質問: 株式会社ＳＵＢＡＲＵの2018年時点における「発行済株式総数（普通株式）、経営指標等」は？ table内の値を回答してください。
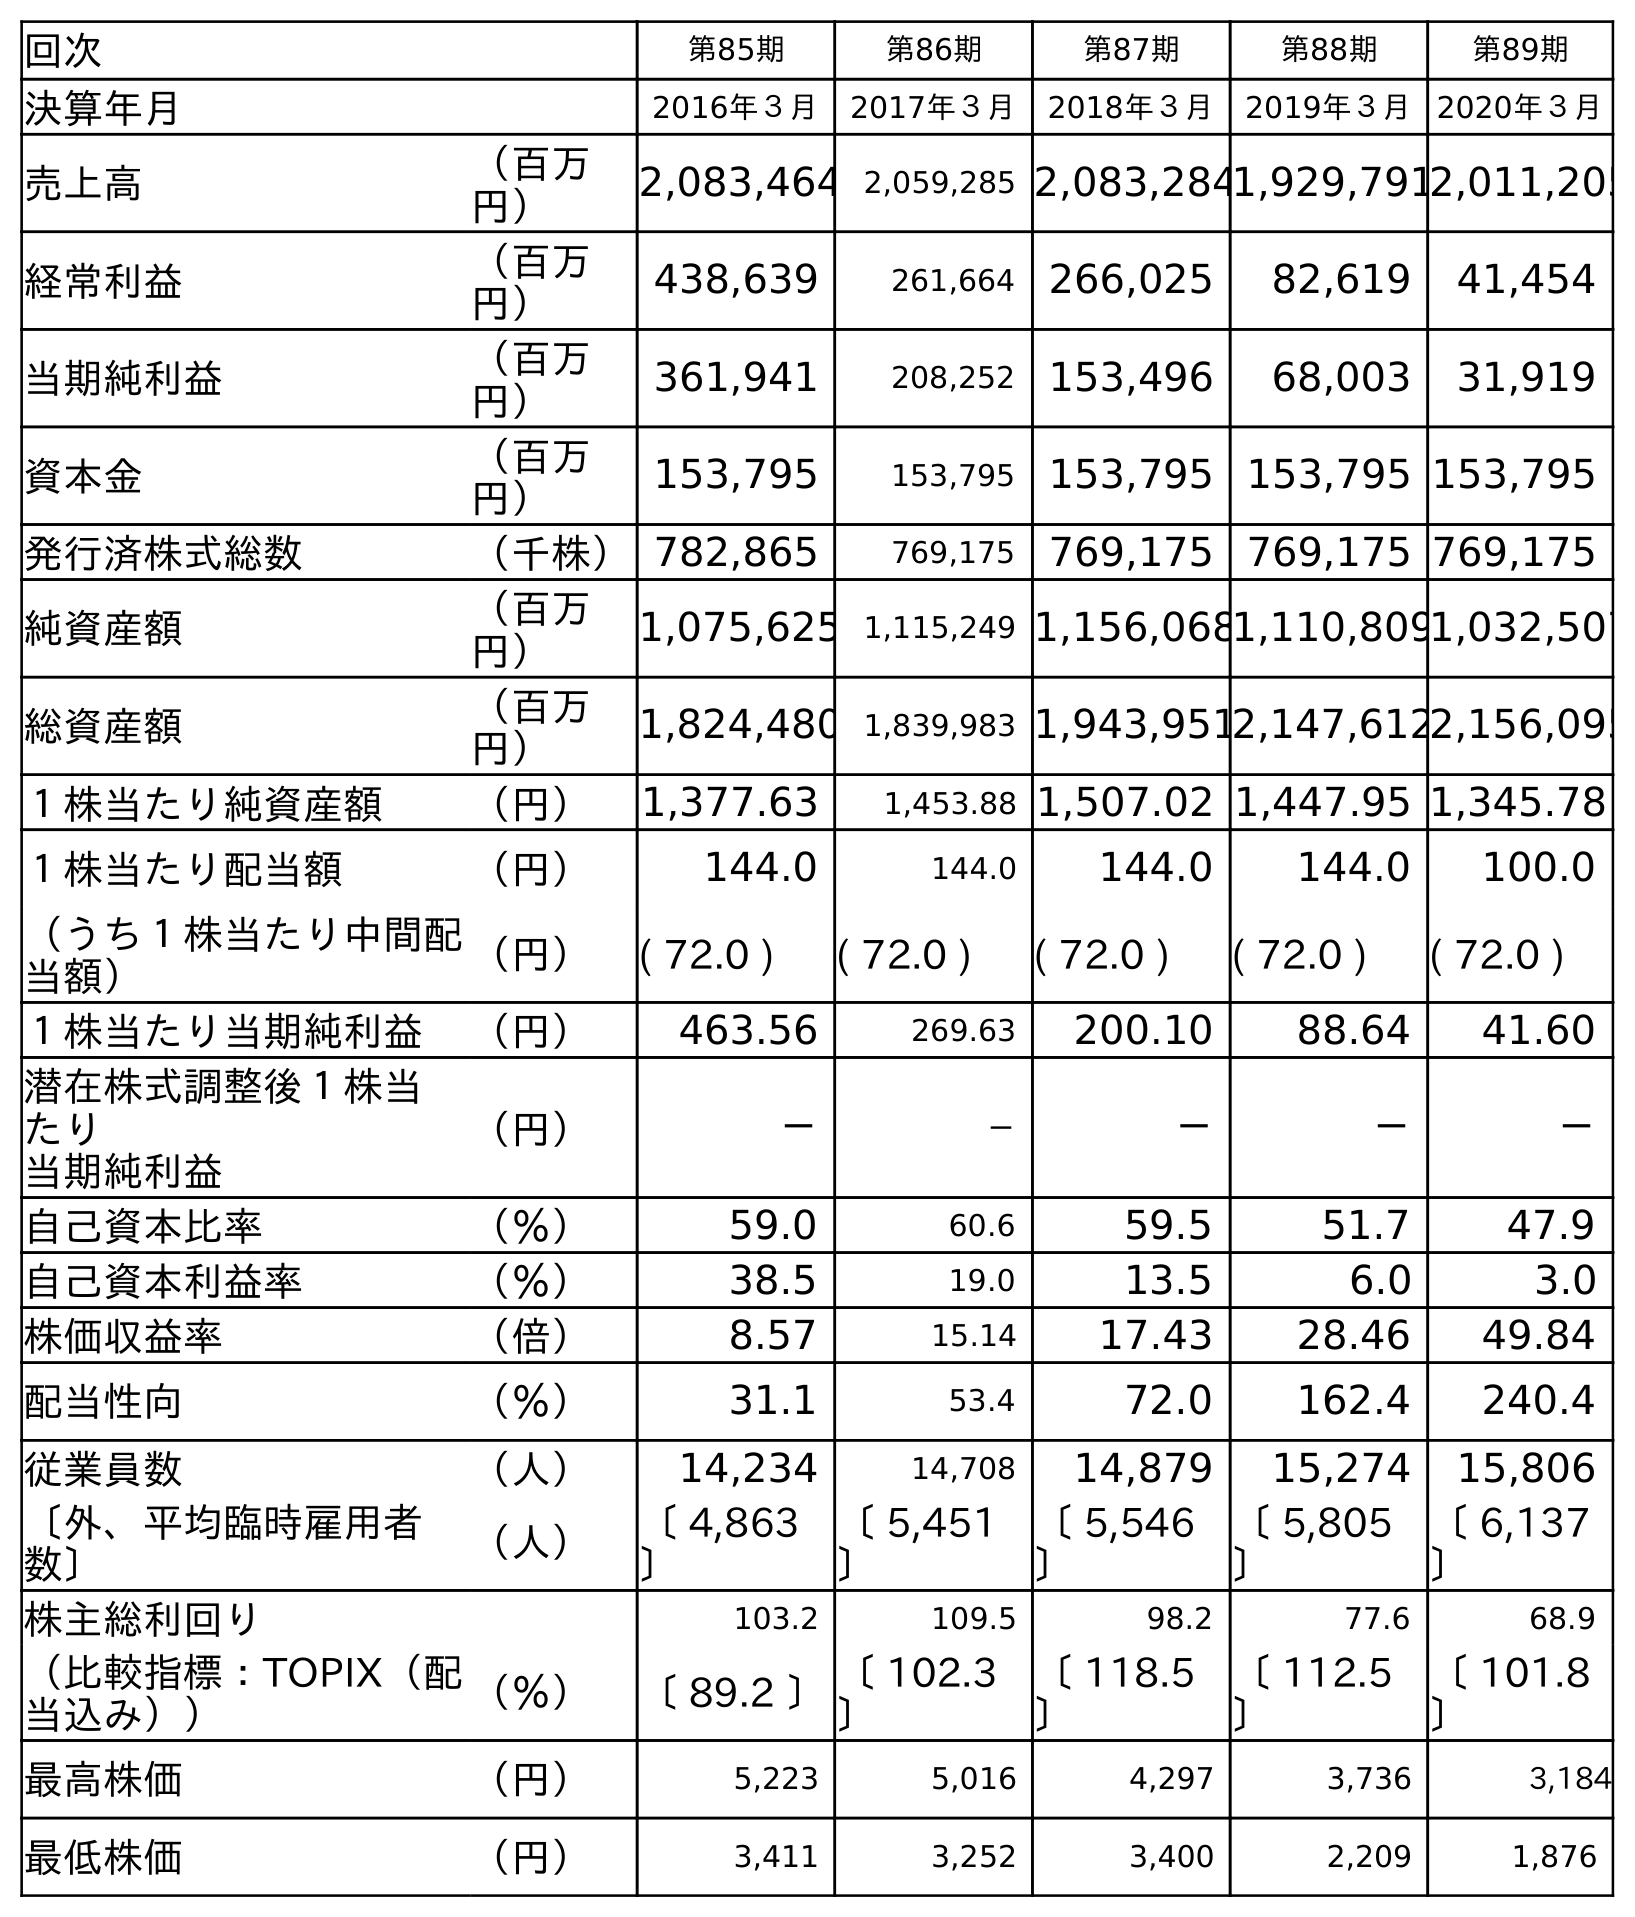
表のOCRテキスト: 回次 第85期 第86期 第87期 第88期 第89期 決算年月 2016年３月 2017年３月 2018年３月 2019年３月 2020年３月 売上高 （百万 円） 2,083,464 2,059,285 2,083,2841,929,7912,011,205 経常利益 （百万 円） 438,639 261,664 266,025 82,619 41,454 当期純利益 （百万 円） 361,941 208,252 153,496 68,003 31,919 資本金 （百万 円） 153,795 153,795 153,795 153,795 153,795 発行済株式総数 （千株）782,865 769,175 769,175 769,175 769,175 純資産額 （百万 円） 1,075,625 1,115,249 1,156,0681,110,8091,032,507 総資産額 （百万 円） 1,824,480 1,839,983 1,943,9512,147,6122,156,095 １株当たり純資産額 （円） 1,377.63 1,453.88 1,507.02 1,447.95 1,345.78 １株当たり配当額 （円） 144.0 144.0 144.0 144.0 100.0 （うち１株当たり中間配 当額） （円） ( 72.0 ) ( 72.0 ) ( 72.0 ) ( 72.0 ) ( 72.0 ) １株当たり当期純利益 （円） 463.56 269.63 200.10 88.64 41.60 潜在株式調整後１株当 たり 当期純利益 （円） － － － － － 自己資本比率 （％） 59.0 60.6 59.5 51.7 47.9 自己資本利益率 （％） 38.5 19.0 13.5 6.0 3.0 株価収益率 （倍） 8.57 15.14 17.43 28.46 49.84 配当性向 （％） 31.1 53.4 72.0 162.4 240.4 従業員数 （人） 14,234 14,708 14,879 15,274 15,806 〔外、平均臨時雇用者 数〕 （人） 〔 4,863 〕 〔 5,451 〕 〔 5,546 〕 〔 5,805 〕 〔 6,137 〕 株主総利回り 103.2 109.5 98.2 77.6 68.9 （比較指標：TOPIX（配 当込み）） （％） 〔 89.2 〕〔 102.3 〕 〔 118.5 〕 〔 112.5 〕 〔 101.8 〕 最高株価 （円） 5,223 5,016 4,297 3,736 3,184 最低株価 （円） 3,411 3,252 3,400 2,209 1,876
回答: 769,175